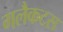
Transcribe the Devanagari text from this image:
गलैकटस